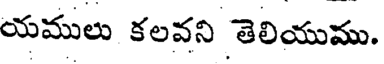
యములు కలవని తెలియుము.